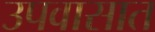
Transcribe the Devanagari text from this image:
उपवासात